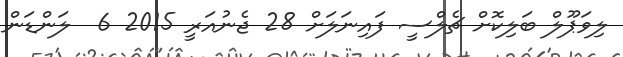
ލިވަޕޫލް ބަލިކޮށް ޗެލްސީ ފައިނަލަށް 28 ޖެނުއަރީ 2015 6  ލަންޑަން